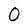
Character: O